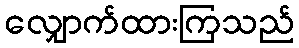
လျှောက်ထားကြသည်